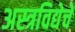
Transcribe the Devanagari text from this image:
अस्त्रविद्येचे